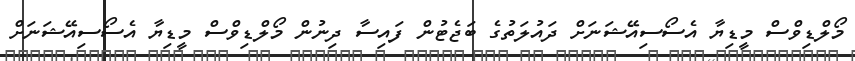
މޯލްޑިވްސް މީޑިޔާ އެސޯސިއޭޝަނަށް ދައުލަތުގެ ބަޖެޓުން ފައިސާ ދިނުން މޯލްޑިވްސް މީޑިޔާ އެސޯސިއޭޝަނަށް